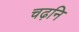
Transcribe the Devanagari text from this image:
चढ़नि